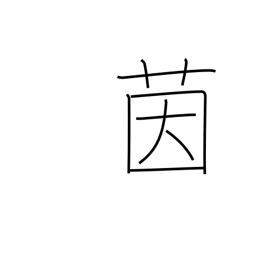
Meaning: mattress